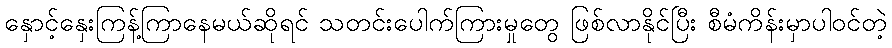
နှောင့်နှေးကြန့်ကြာနေမယ်ဆိုရင် သတင်းပေါက်ကြားမှုတွေ ဖြစ်လာနိုင်ပြီး စီမံကိန်းမှာပါဝင်တဲ့